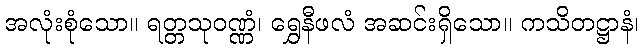
အလုံးစုံသော။ ရတ္တသုဝဏ္ဏံ၊ ရွှေနီဖလံ အဆင်းရှိသော။ ကသိတဋ္ဌာနံ၊